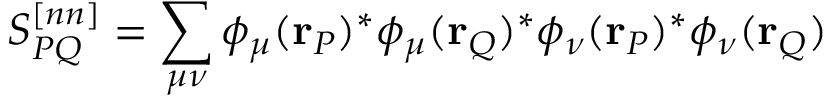
S _ { P Q } ^ { [ n n ] } = \sum _ { \mu \nu } \phi _ { \mu } ( \mathbf { r } _ { P } ) ^ { * } \phi _ { \mu } ( \mathbf { r } _ { Q } ) ^ { * } \phi _ { \nu } ( \mathbf { r } _ { P } ) ^ { * } \phi _ { \nu } ( \mathbf { r } _ { Q } )